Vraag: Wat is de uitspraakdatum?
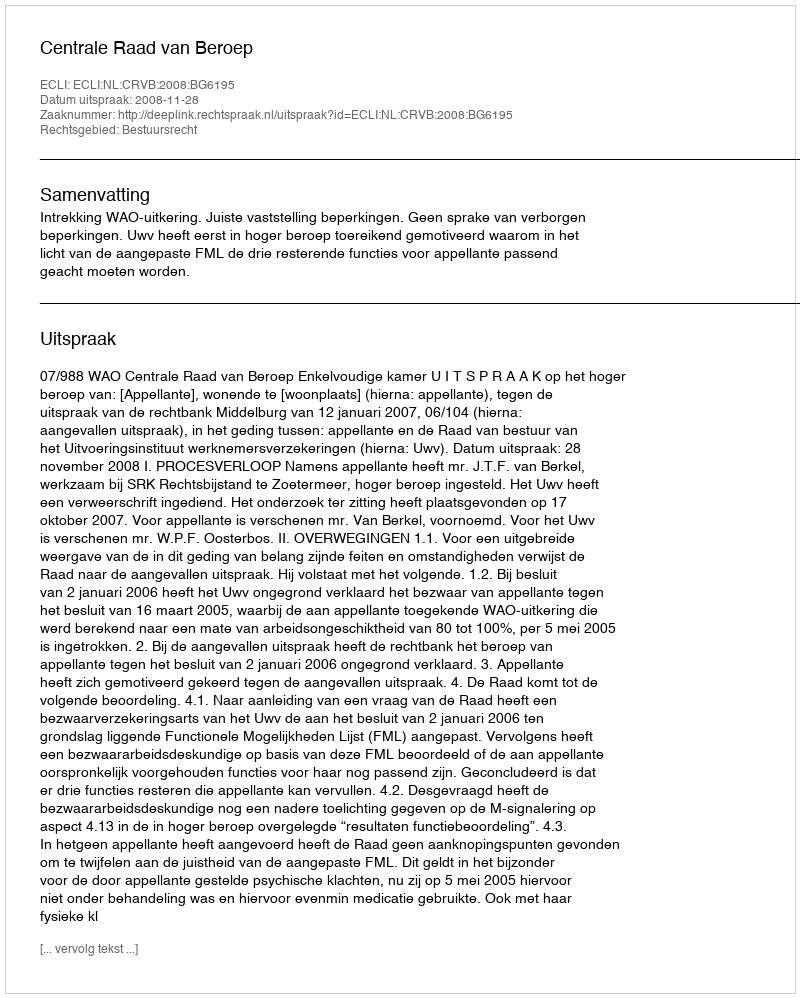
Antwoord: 2008-11-28